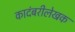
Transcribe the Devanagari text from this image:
कादंबरीलेखक